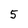
Character: 5